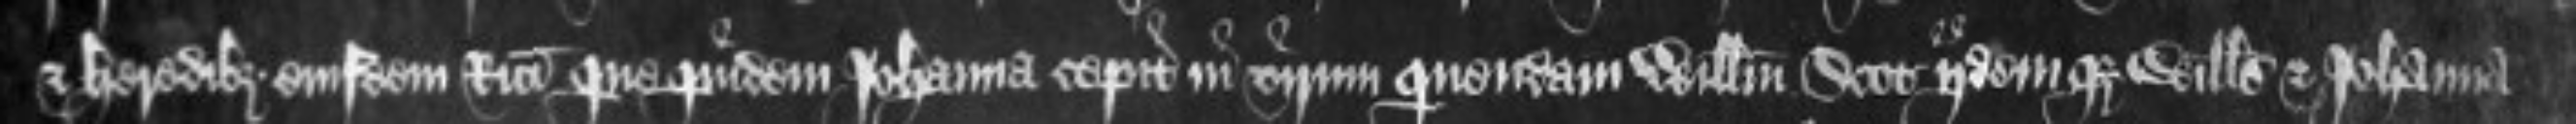
et heredibus eiusdem Ricardi quequidem Johanna cepit in virum quendam Willelmum Scot iidemque Willelmus et Johanna